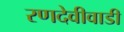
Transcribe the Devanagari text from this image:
रणदेवीवाडी